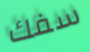
سفك